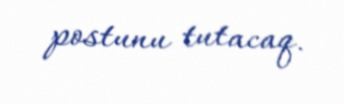
postunu tutacaq.